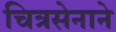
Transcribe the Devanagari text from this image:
चित्रसेनाने